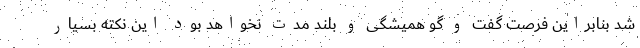
شد بنابراین فرصت گفت و گو همیشگی و بلند مدت نخواهد بود این نکته بسیار